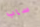
ساب